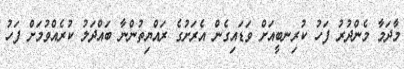
މާދަމާ މެންދުރު ފަހު ކުރިނބީއަށް ވަޑައިގެން އެރަށުގެ ރައްޔިތުންނާ ބައްދަލު ކުރެއްވުމަށް ފަހު